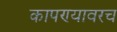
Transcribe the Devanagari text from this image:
कापण्यावरच